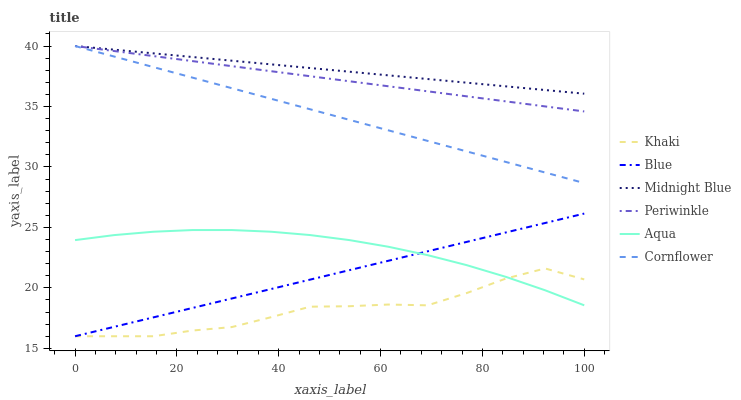
| xaxis_label | Khaki | Blue | Midnight Blue | Periwinkle | Aqua | Cornflower |
 | --- | --- | --- | --- | --- | --- | --- |
 | 0 | 16 | 16 | 40 | 40 | 23.9 | 40 |
 | 7.69 | 16 | 16.8 | 39.7 | 39.6 | 24.4 | 39.1 |
 | 15.4 | 16 | 17.6 | 39.4 | 39.2 | 24.6 | 38.3 |
 | 23.1 | 16.5 | 18.3 | 39.1 | 38.8 | 24.8 | 37.4 |
 | 30.8 | 16.8 | 19.1 | 38.8 | 38.3 | 24.8 | 36.5 |
 | 38.5 | 17.6 | 19.9 | 38.5 | 37.9 | 24.6 | 35.6 |
 | 46.2 | 18.4 | 20.7 | 38.2 | 37.5 | 24.4 | 34.8 |
 | 53.8 | 18.5 | 21.5 | 37.9 | 37.1 | 24 | 33.9 |
 | 61.5 | 18.6 | 22.2 | 37.6 | 36.7 | 23.4 | 33 |
 | 69.2 | 18.6 | 23 | 37.3 | 36.3 | 22.7 | 32.2 |
 | 76.9 | 19.6 | 23.8 | 37 | 35.8 | 21.9 | 31.3 |
 | 84.6 | 20.8 | 24.6 | 36.7 | 35.4 | 20.9 | 30.4 |
 | 92.3 | 21.6 | 25.4 | 36.4 | 35 | 19.8 | 29.5 |
 | 100 | 20.7 | 26.1 | 36.1 | 34.6 | 18.6 | 28.7 |